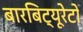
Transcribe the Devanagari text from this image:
बारबिट्यूरेटों